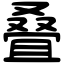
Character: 叠